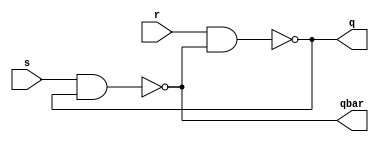
//Type: Module
//-----------------------------------------------------------------
//Purpose: Set Reset Latch

module sr_latch(q,qbar,s,r);
input s,r;
output q,qbar;
assign q=~(r&qbar);
assign qbar=~(s&q);
endmodule